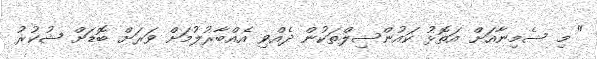
" މި ސެމިނާއަށް އަތޮޅު ކައުންސިލްތަކުން ދެއްވި އެއްބާރުލުމަށް ވަރަށް ބޮޑަށް ޝުކުރު